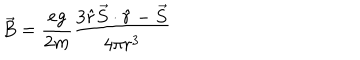
\vec { B } = { \frac { e g } { 2 m } } { \frac { 3 \hat { r } \vec { S } \cdot \hat { r } - \vec { S } } { 4 \pi r ^ { 3 } } }